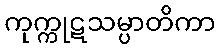
ကုက္ကုဋသမ္ပာတိကာ